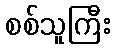
စစ်သူကြီး